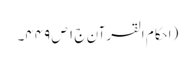
(احکام القرآن ج ١ ص ٤٤٩۔